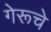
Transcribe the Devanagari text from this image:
गेरूचे